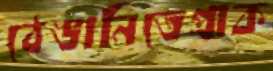
ঠেঙানিতেপ্রাক